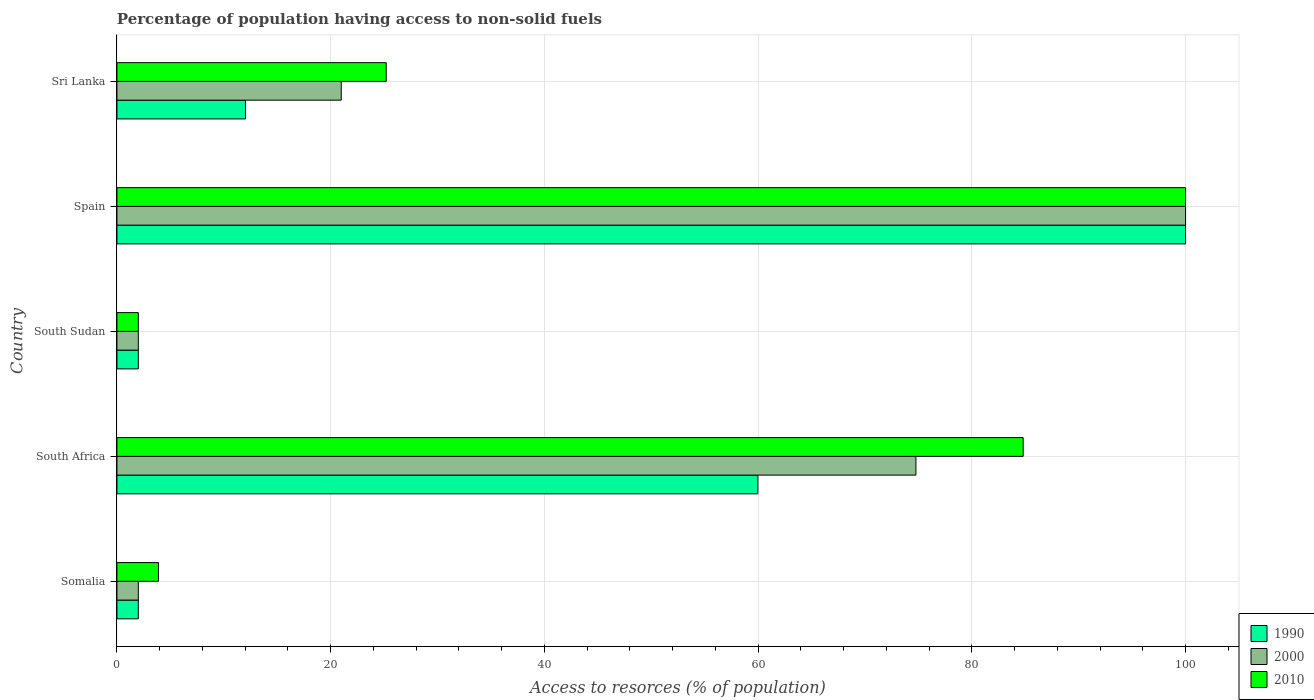
| Country | 1990 | 2000 | 2010 |
 | --- | --- | --- | --- |
 | Somalia | 2 | 2 | 3.89 |
 | South Africa | 60 | 74.8 | 84.8 |
 | South Sudan | 2 | 2 | 2 |
 | Spain | 100 | 100 | 100 |
 | Sri Lanka | 12 | 21 | 25.2 |